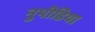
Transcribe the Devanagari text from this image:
नुपीडिया